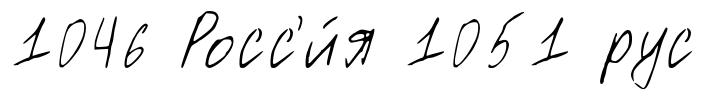
1046 Росс'и́я 1051 рус